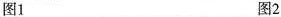
图1 图2